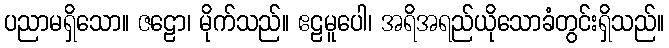
ပညာမရှိသော။ ဇဠော၊ မိုက်သည်။ ဧဠမူပေါ၊ အရိအရည်ယိုသောခံတွင်းရှိသည်။